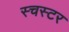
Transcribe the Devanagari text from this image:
स्चस्टर